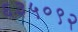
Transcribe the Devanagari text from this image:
६३५०९२